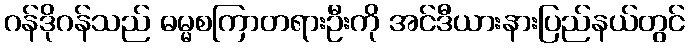
ဂန်ဒိုဂန်သည် ဓမ္မစကြာတရားဦးကို အင်ဒီယားနားပြည်နယ်တွင်